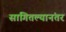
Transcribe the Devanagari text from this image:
सांगितल्यानंतर